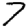
Digit: 7